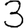
Digit: 3